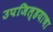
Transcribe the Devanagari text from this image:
उपजिल्हयाचा